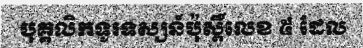
បុគ្គលិកទូរទស្សន៍ប៉ុស្តិ៍លេខ ៥ ដែល